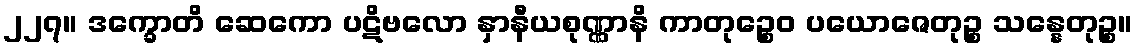
၂၂၇။ ဒက္ခောတိ ဆေကော ပဋိဗလော နှာနီယစုဏ္ဏာနိ ကာတုဉ္စေဝ ပယောဇေတုဉ္စ သန္နေတုဉ္စ။